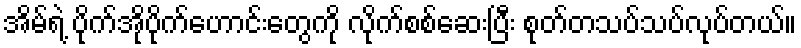
အိမ်ရဲ့ ပိုက်အိုပိုက်ဟောင်းတွေကို လိုက်စစ်ဆေးပြီး စုတ်တသပ်သပ်လုပ်တယ်။